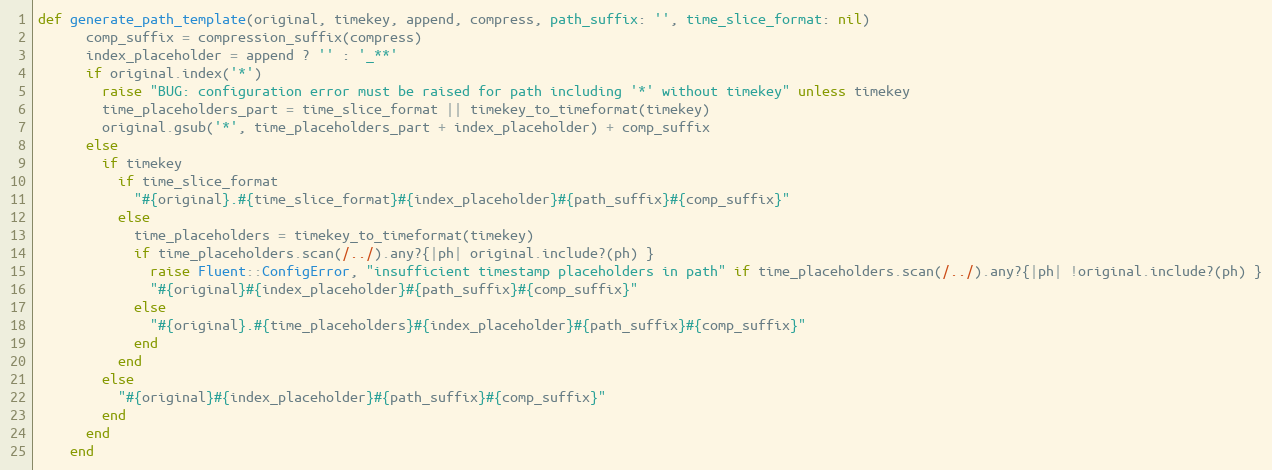
Language: Ruby
def generate_path_template(original, timekey, append, compress, path_suffix: '', time_slice_format: nil)
      comp_suffix = compression_suffix(compress)
      index_placeholder = append ? '' : '_**'
      if original.index('*')
        raise "BUG: configuration error must be raised for path including '*' without timekey" unless timekey
        time_placeholders_part = time_slice_format || timekey_to_timeformat(timekey)
        original.gsub('*', time_placeholders_part + index_placeholder) + comp_suffix
      else
        if timekey
          if time_slice_format
            "#{original}.#{time_slice_format}#{index_placeholder}#{path_suffix}#{comp_suffix}"
          else
            time_placeholders = timekey_to_timeformat(timekey)
            if time_placeholders.scan(/../).any?{|ph| original.include?(ph) }
              raise Fluent::ConfigError, "insufficient timestamp placeholders in path" if time_placeholders.scan(/../).any?{|ph| !original.include?(ph) }
              "#{original}#{index_placeholder}#{path_suffix}#{comp_suffix}"
            else
              "#{original}.#{time_placeholders}#{index_placeholder}#{path_suffix}#{comp_suffix}"
            end
          end
        else
          "#{original}#{index_placeholder}#{path_suffix}#{comp_suffix}"
        end
      end
    end